342_HS1-416511228_319.1 Flying Discs 1949
Agency: Department of War
Incident date: 1/9/50
Page 107
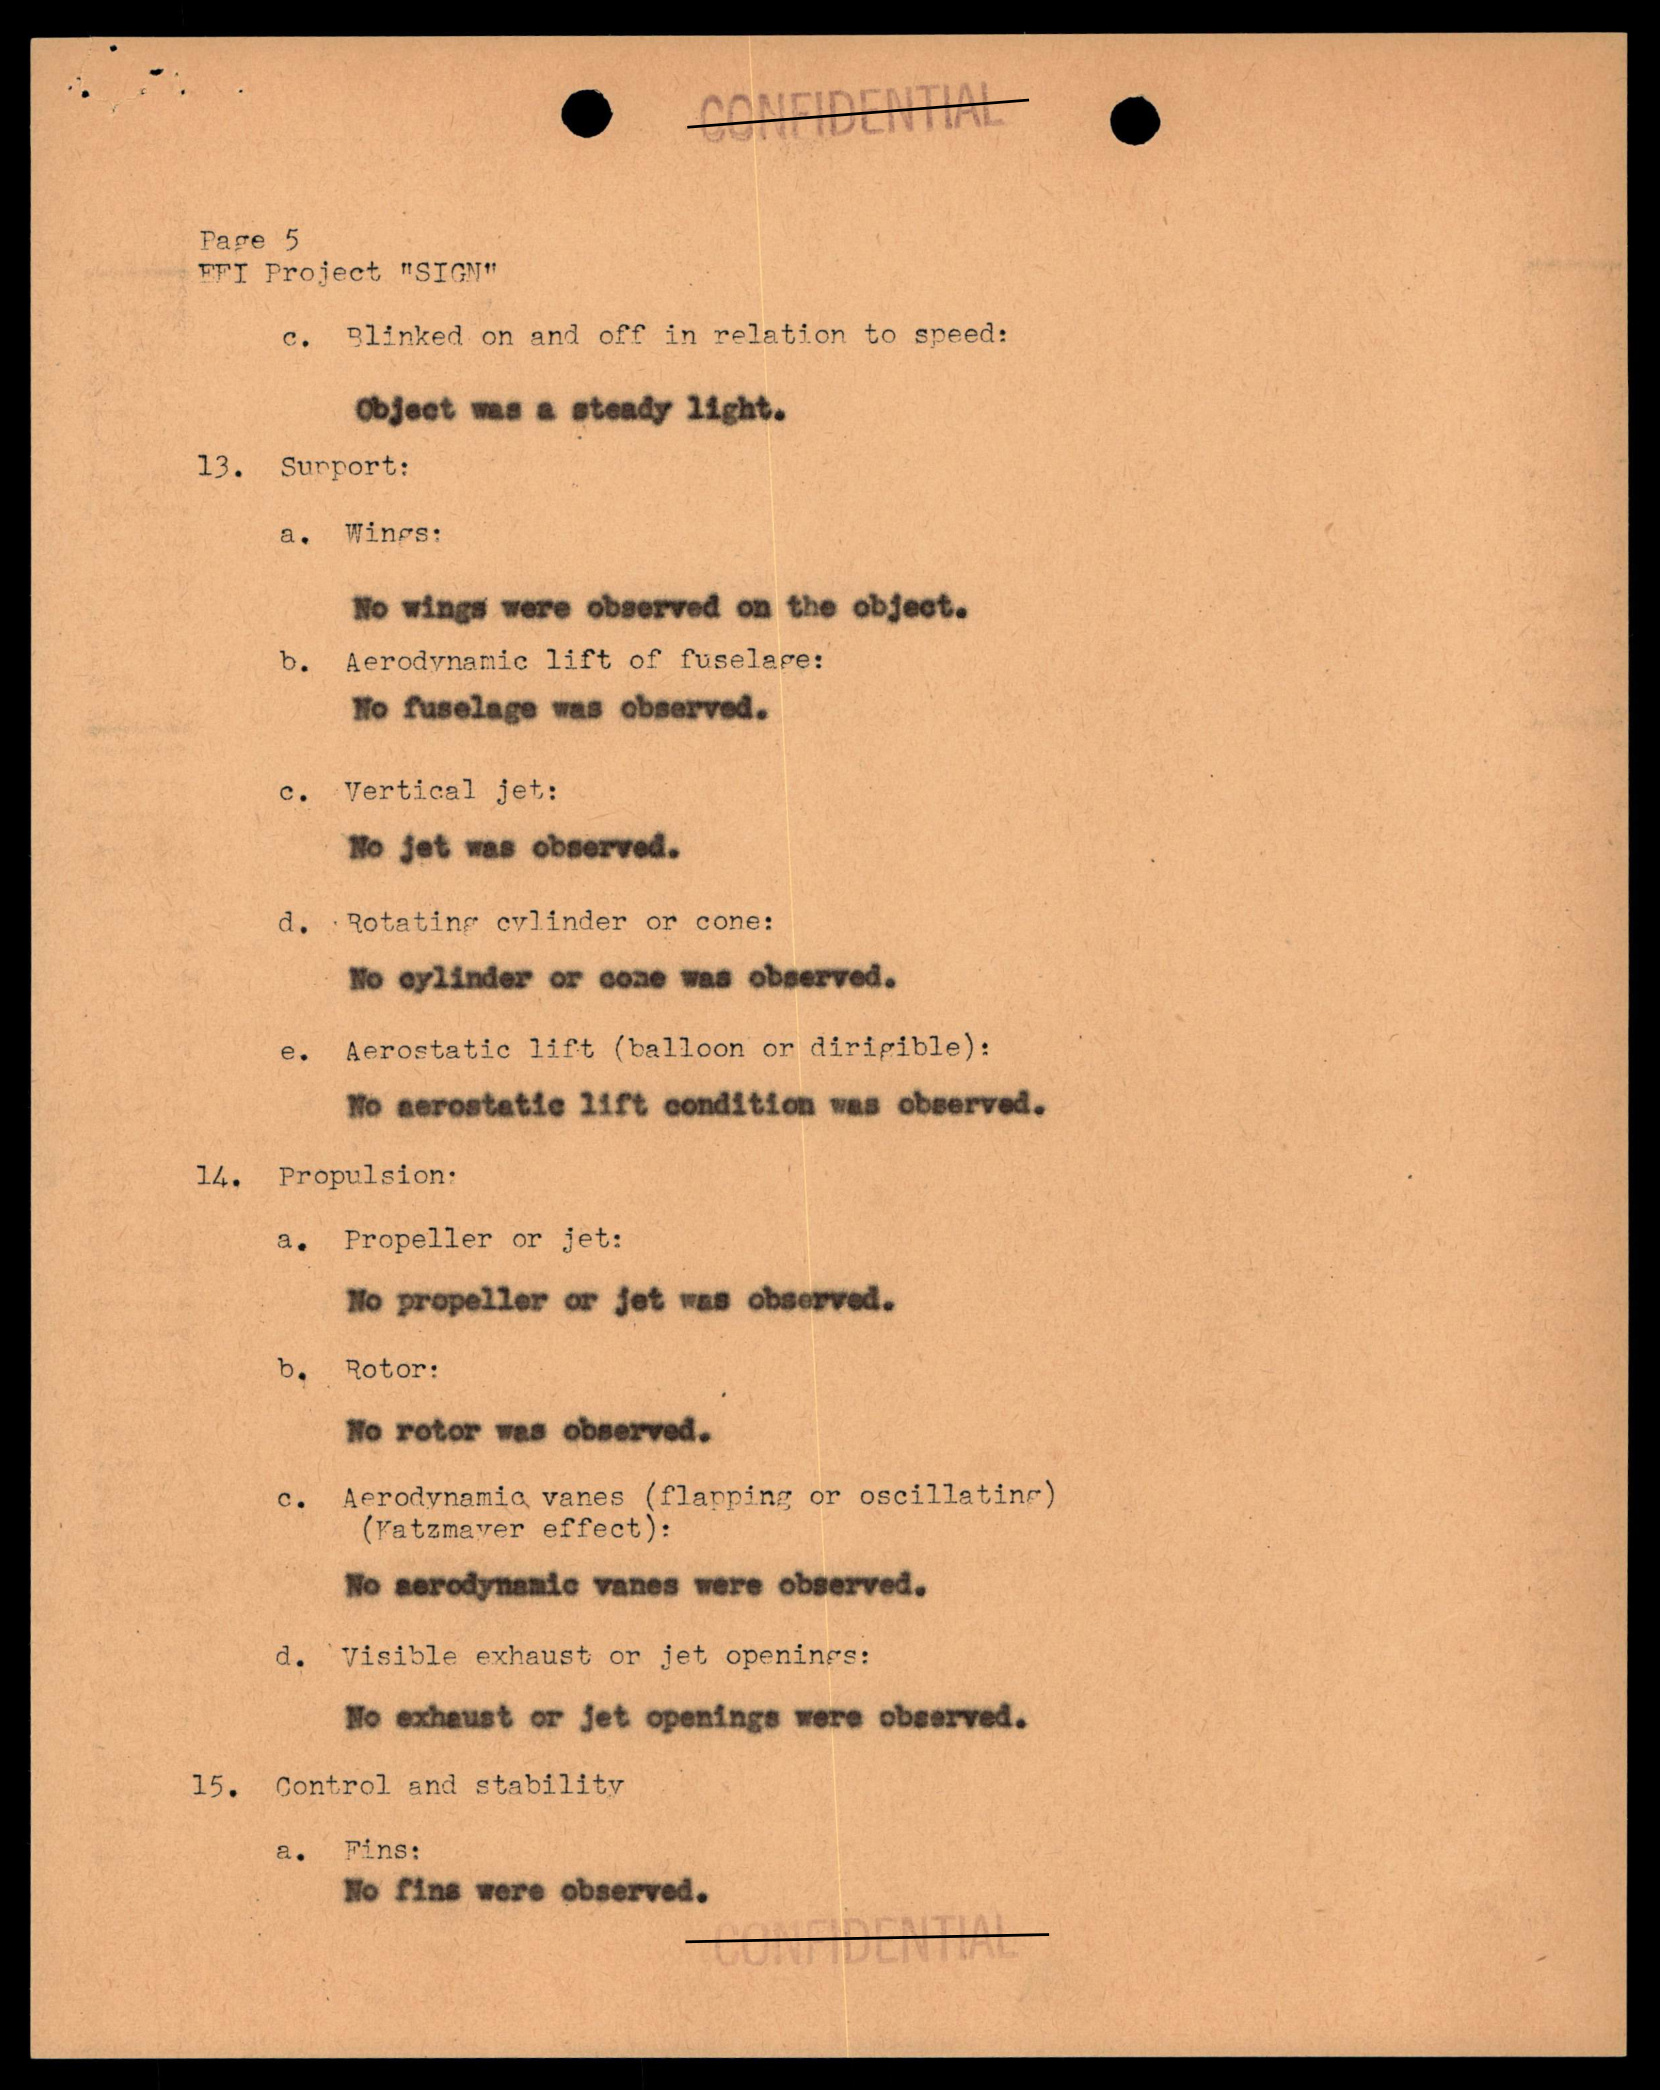